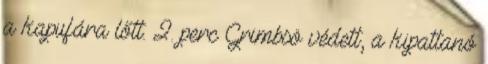
a kapufára lőtt. 2. perc Grimbsö védett, a kipattanó